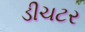
ડીચટર